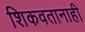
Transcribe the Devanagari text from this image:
शिकवतानाही